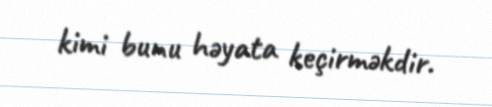
kimi bunu həyata keçirməkdir.